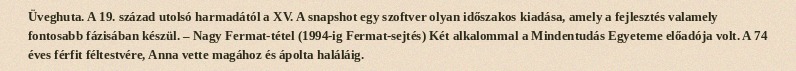
Üveghuta. A 19. század utolsó harmadától a XV. A snapshot egy szoftver olyan időszakos kiadása, amely a fejlesztés valamely fontosabb fázisában készül. – Nagy Fermat-tétel (1994-ig Fermat-sejtés) Két alkalommal a Mindentudás Egyeteme előadója volt. A 74 éves férfit féltestvére, Anna vette magához és ápolta haláláig.